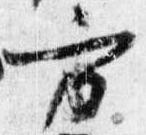
方